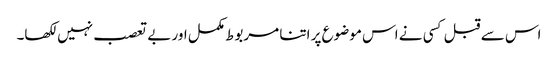
اس سے قبل کسی نے اس موضوع پر اتنا مربوط مکمل اور بے تعصب نہیں لکھا۔